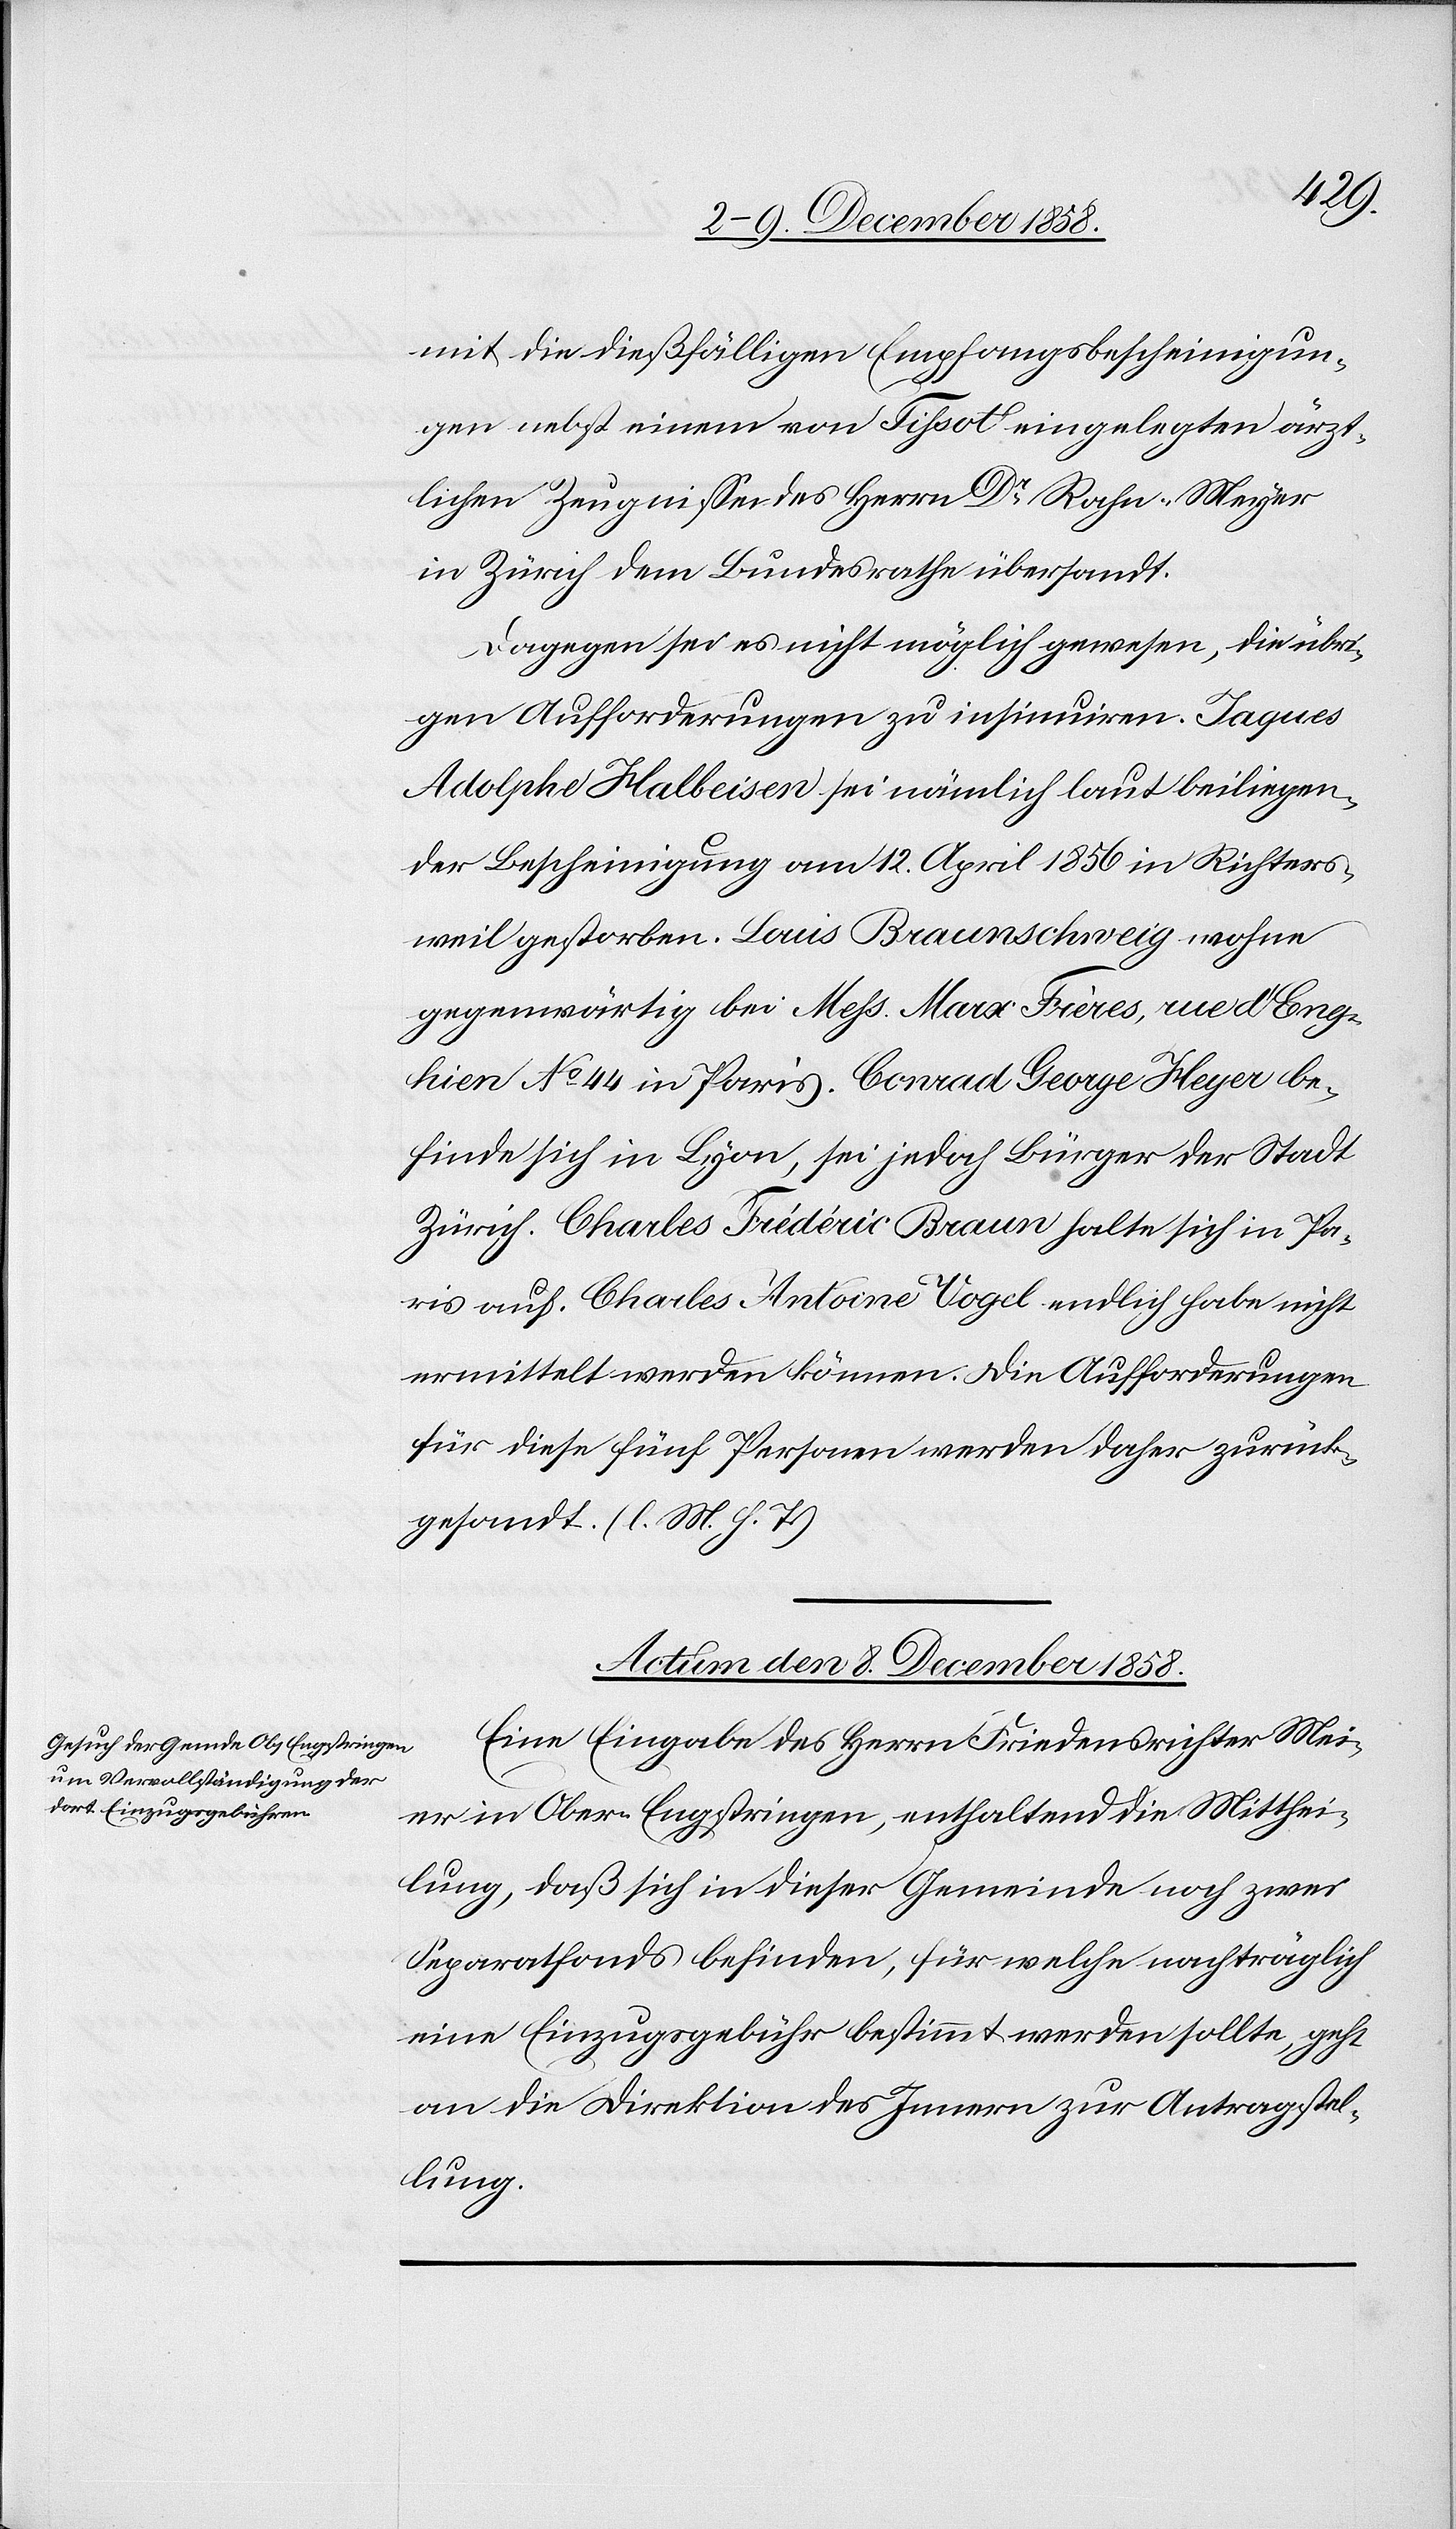
mit die dießfälligen Empfangsbescheinigun¬
gen nebst einem von Tissot eingelegten ärzt¬
lichen Zeugnisse des Herrn Dr. Rahn-Meyer
in Zürich dem Bundesrathe übersandt.
Dagegen sei es nicht möglich gewesen, die übri¬
gen Aufforderungen zu insinuiren. Jaques
Adolphe Halbeisen sei nämlich laut beiliegen¬
der Bescheinigung am 12. April 1856 in Richters¬
weil gestorben. Louis Braunschweig wohne
gegenwärtig bei Mess. Marx Frères, rue d’Eng¬
hien No 44 in Paris. Conrad George Heyer be¬
finde sich in Lyon, sei jedoch Bürger der Stadt
Zürich. Charles Frédéric Braun halte sich in Pa¬
ris auf. Charles Antoine Vogel endlich habe nicht
ermittelt werden können. Die Aufforderungen
für diese fünf Personen werden daher zurück¬
gesandt. (l. M. h. T.)
Actum den 8. December 1858.
Eine Eingabe des Herrn Friedensrichter Mei¬
er in Ober-Engstringen, enthaltend die Mitthei¬
lung, daß sich in dieser Gemeinde noch zwei
Separatfonds befinden, für welche nachträglich
eine Einzugsgebühr bestimmt werden sollte, geht
an die Direktion des Innern zur Antragstel¬
lung.